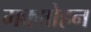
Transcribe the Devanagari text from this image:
मक्मोहन